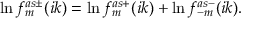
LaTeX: \ln f _ { m } ^ { a s \pm } ( i k ) = \ln f _ { m } ^ { a s + } ( i k ) + \ln f _ { - m } ^ { a s - } ( i k ) .